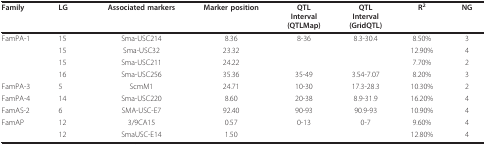
| Family | LG | Associated markers | Marker position | QTLInterval(QTLMap) | QTLInterval(GridQTL) | R2 | NG |
 | --- | --- | --- | --- | --- | --- | --- | --- |
 | FamPA-1 | 15 | Sma-USC214 | 8.36 | 8-36 | 8.3-30.4 | 8.50% | 3 |
 |  | 15 | Sma-USC32 | 23.32 |  |  | 12.90% | 4 |
 |  | 15 | Sma-USC211 | 24.22 |  |  | 7.70% | 2 |
 |  | 16 | Sma-USC256 | 35.36 | 35-49 | 3.54-7.07 | 8.20% | 3 |
 | FamPA-3 | 5 | ScmM1 | 24.71 | 10-30 | 17.3-28.3 | 10.30% | 2 |
 | FamPA-4 | 14 | Sma-USC220 | 8.60 | 20-38 | 8.9-31.9 | 16.20% | 4 |
 | FamAS-2 | 6 | SMA-USC-E7 | 92.40 | 90-93 | 90.9-93 | 10.90% | 4 |
 | FamAP | 12 | 3/9CA15 | 0.57 | 0-13 | 0-7 | 9.60% | 4 |
 |  | 12 | SmaUSC-E14 | 1.50 |  |  | 12.80% | 4 |